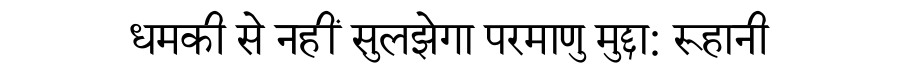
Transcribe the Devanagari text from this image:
धमकी से नहीं सुलझेगा परमाणु मुद्दा: रूहानी